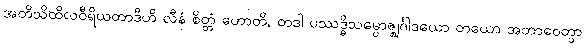
အတိသိထိလဝီရိယတာဒီဟိ လီနံ စိတ္တံ ဟောတိ, တဒါ ပဿဒ္ဓိသမ္ဗောဇ္ဈင်္ဂါဒယော တယော အဘာဝေတွာ